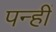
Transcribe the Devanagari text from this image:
पन्हीं